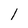
Character: 1